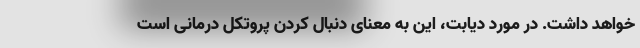
خواهد داشت. در مورد دیابت، این به معنای دنبال کردن پروتکل درمانی است